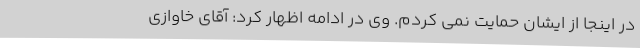
در اینجا از ایشان حمایت نمی کردم. وی در ادامه اظهار کرد: آقای خاوازی